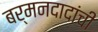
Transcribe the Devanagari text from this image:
बर्मनदादांची